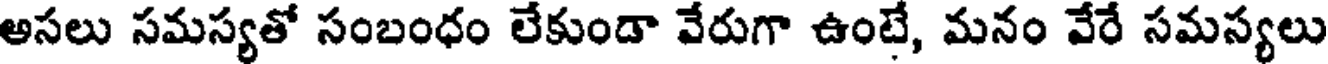
అసలు సమస్యతో సంబంధం లేకుండా వేరుగా ఉంటే, మనం వేరే సమస్యలు